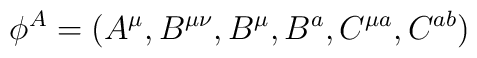
{\phi}^A=(A^{\mu}, B^{\mu\nu}, B^{\mu}, B^{a}, C^{\mu a}, C^{ab})